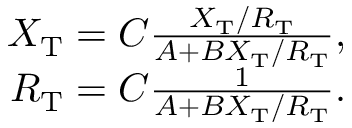
\begin{array} { r } { X _ { \mathrm { T } } = C \frac { X _ { \mathrm { T } } / R _ { \mathrm { T } } } { A + B X _ { \mathrm { T } } / R _ { \mathrm { T } } } , } \\ { R _ { \mathrm { T } } = C \frac { 1 } { A + B X _ { \mathrm { T } } / R _ { \mathrm { T } } } . } \end{array}